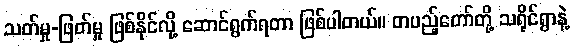
သတ်မှု-ဖြတ်မှု ဖြစ်နိုင်လို့ ဆောင်ရွက်ရတာ ဖြစ်ပါတယ်။ တပည့်တော်တို့ သရိုင်ရွာနဲ့